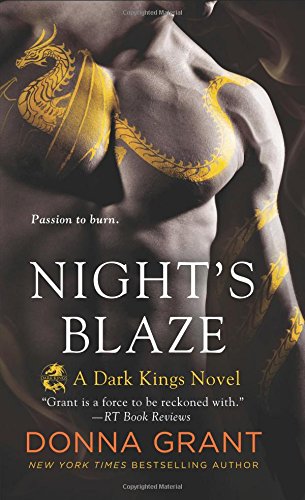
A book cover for Night's Blaze (Dark Kings); Donna Grant; Romance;